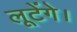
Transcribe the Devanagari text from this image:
लूटेंगे।